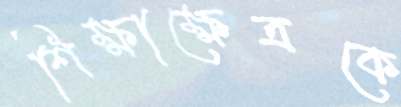
শিক্ষাক্ষেত্রকে